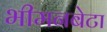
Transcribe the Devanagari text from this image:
भीमनबेटा